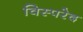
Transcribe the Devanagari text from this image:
विस्परेद